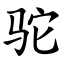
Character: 驼